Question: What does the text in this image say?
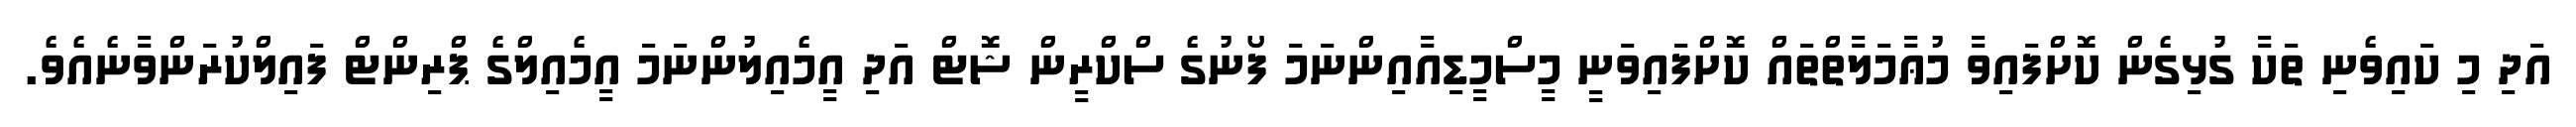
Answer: އަދި މި ކައިވެނި ތަކާ ގުޅިގެން ކޮށްފައިވާ މުޢާމަލާތްތައް ކޮށްފައިވަނީ މީސްމީޑިއާއިންނަމަ ފޯނުގެ ސްކްރީން ޝޮޓް އަދި އީމެއިލުންނަމަ އީމެއިލްގެ ޕްރިންޓް ފައިލްކުރަންވާނެއެވެ.